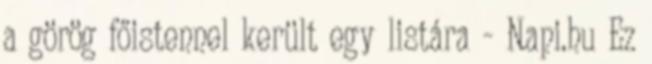
a görög főistennel került egy listára - Napi.hu Ez